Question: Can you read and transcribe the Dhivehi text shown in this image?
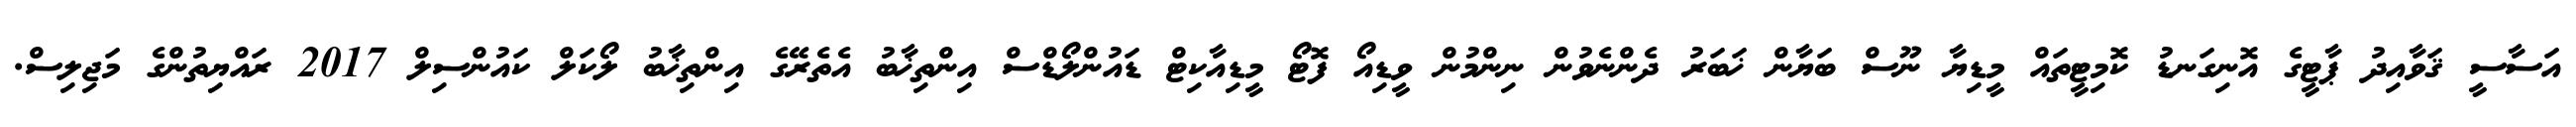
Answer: އަސާސީ ޤަވާއިދު ޕާޓީގެ އޮނިގަނޑު ކޮމިޓީތައް މީޑިޔާ ނޫސް ބަޔާން ޚަބަރު ދެންނެވުން ނިންމުން ވީޑިއޯ ފޮޓޯ މީޑިއާކިޓް ޑައުންލޯޑްސް އިންތިޚާބު އެތެރޭގެ އިންތިޚާބު ލޯކަލް ކައުންސިލް 2017 ރައްޔިތުންގެ މަޖިލިސް.